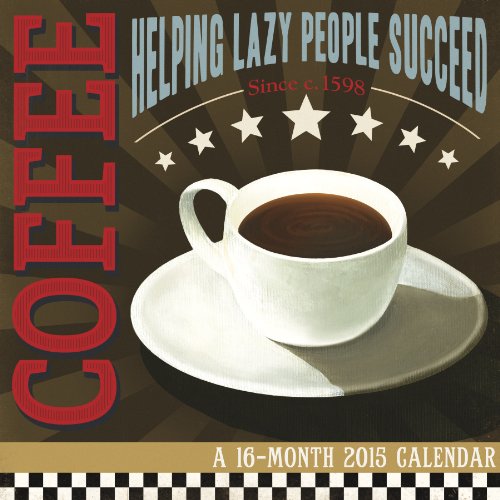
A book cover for Coffee Addiction - Cory Steffen 2015 Wall Calendar; Trends International; Calendars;